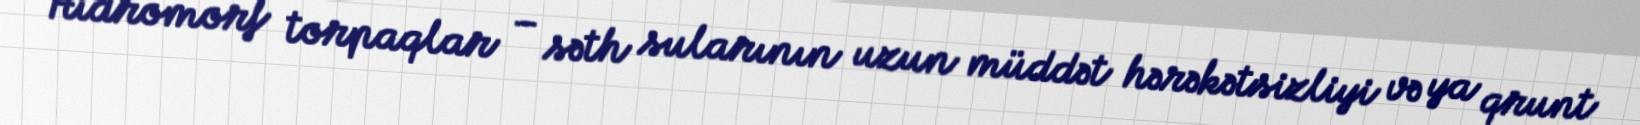
Hidromorf torpaqlar – səth sularının uzun müddət hərəkətsizliyi və ya qrunt